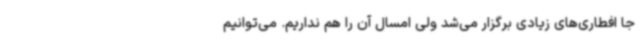
جا افطاری‌های زیادی برگزار می‌شد ولی امسال آن را هم نداریم. می‌توانیم